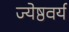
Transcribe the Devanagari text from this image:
ज्येष्ठवर्य